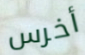
أخرس